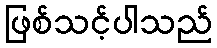
ဖြစ်သင့်ပါသည်